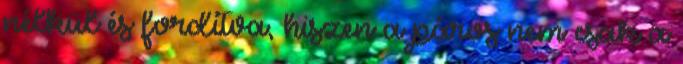
nélkül és fordítva, hiszen a páros nem csak a